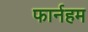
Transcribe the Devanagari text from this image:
फार्नहम